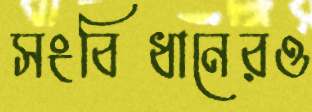
সংবিধানেরও